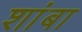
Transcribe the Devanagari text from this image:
शांबा